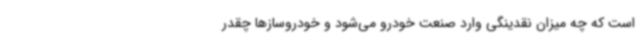
است که چه میزان نقدینگی وارد صنعت خودرو می‌شود و خودروسازها چقدر